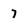
Character: 7